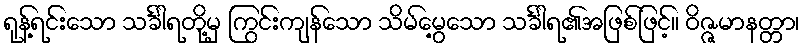
ရုန့်ရင်းသော သင်္ခါရတို့မှ ကြွင်းကျန်သော သိမ်မွေ့သော သင်္ခါရ၏အဖြစ်ဖြင့်။ ဝိဇ္ဇမာနတ္တာ၊